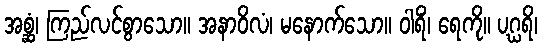
အစ္ဆံ၊ ကြည်လင်စွာသော။ အနာဝိလံ၊ မနောက်သော။ ဝါရိံ၊ ရေကို။ ပဂ္ဃရိ၊